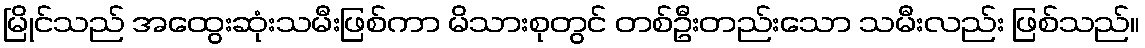
မြိုင်သည် အထွေးဆုံးသမီးဖြစ်ကာ မိသားစုတွင် တစ်ဦးတည်းသော သမီးလည်း ဖြစ်သည်။